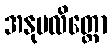
အနုပလိတ္တော